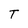
Character: T